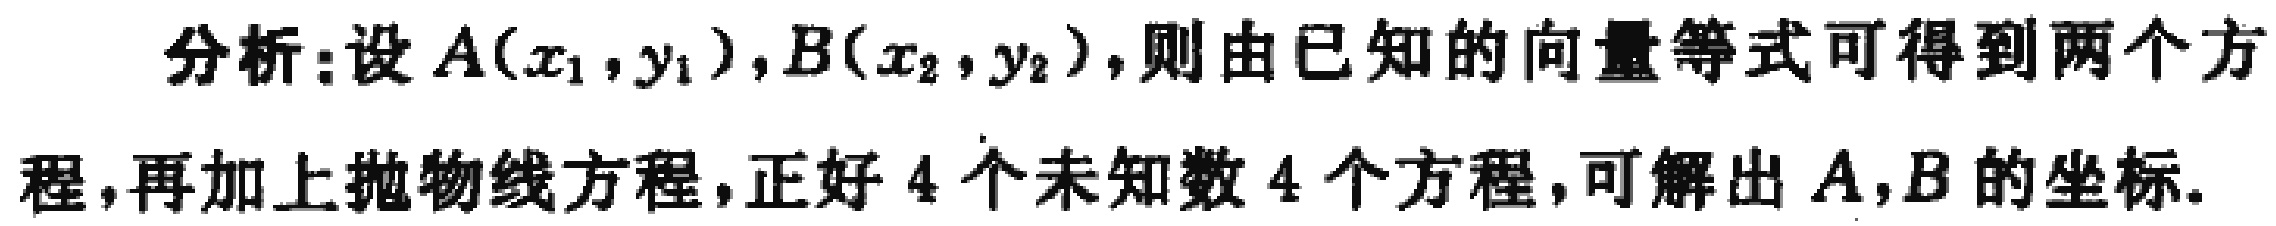
分析:设\(A(x_{1},y_{1}),B(x_{2},y_{2})\)，则由已知的向量等式可得到两个方程，再加上抛物线方程，正好 \(4\) 个未知数 \(4\) 个方程，可解出 \(A,B\) 的坐标.